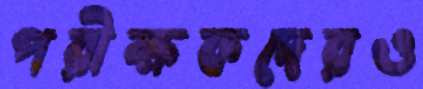
পরীক্ষকদেরও